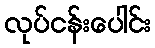
လုပ်ငန်းပေါင်း